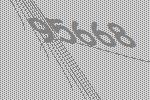
95668